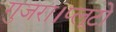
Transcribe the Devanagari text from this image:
गुजरा।प्लूटो